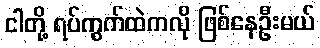
ငါတို့ ရပ်ကွက်ထဲကလို ဖြစ်နေဦးမယ်